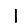
Digit: 1